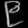
Digit: ၉